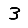
Digit: 3